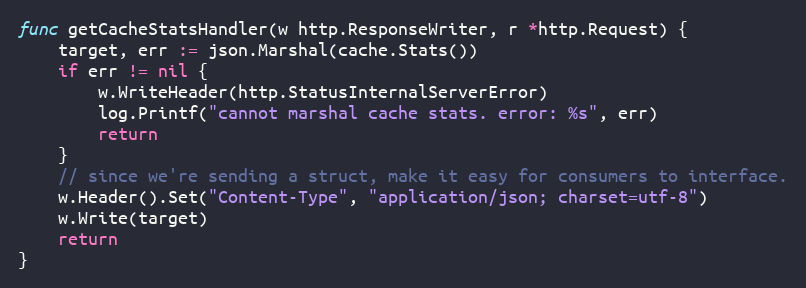
Language: Go
func getCacheStatsHandler(w http.ResponseWriter, r *http.Request) {
	target, err := json.Marshal(cache.Stats())
	if err != nil {
		w.WriteHeader(http.StatusInternalServerError)
		log.Printf("cannot marshal cache stats. error: %s", err)
		return
	}
	// since we're sending a struct, make it easy for consumers to interface.
	w.Header().Set("Content-Type", "application/json; charset=utf-8")
	w.Write(target)
	return
}